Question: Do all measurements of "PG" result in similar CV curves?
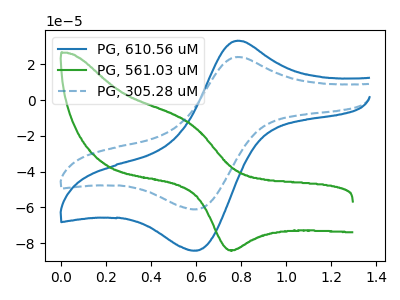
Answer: <think>The blue curve "PG, 610.56 uM" has an anodic peak at (0.80V, 33.20uA) and a cathodic peak at (0.60V, -84.10uA). The green curve "PG, 561.03 uM" has an anodic peak at (0.60V, -13.55uA) and a cathodic peak at (0.75V, -83.90uA). The blue dashed curve "PG, 305.28 uM" has an anodic peak at (0.80V, 24.10uA) and a cathodic peak at (0.60V, -61.05uA).
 "PG, 610.56 uM" and "PG, 561.03 uM" have at least one peak that do not match. All the peaks in "PG, 610.56 uM" have a peak in "PG, 305.28 uM" at the same potential. Every peak in "PG, 610.56 uM" is higher than every peak in "PG, 305.28 uM". "PG, 561.03 uM" and "PG, 305.28 uM" have at least one peak that do not match.</think>
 <answer>All the CV's of "PG" have similar shape.</answer>
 <eval>follow_rule</eval>